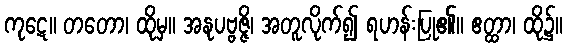
ကုဋေ။ တတော၊ ထိုမှ။ အနုပဗ္ဗဇ္ဇိ၊ အတူလိုက်၍ ရဟန်းပြု၏။ ဧတ္ထာ၊ ထို၌။